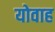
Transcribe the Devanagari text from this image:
योवाह